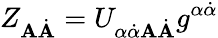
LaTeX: Z_{\mathbf{A}\dot{{\mathbf{A}}}}=U_{\alpha\dot{{\alpha}}\mathbf{A}\dot{{\mathbf{A}}}}g^{\alpha\dot{{\alpha}}}